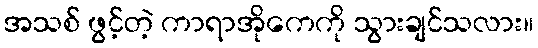
အသစ် ဖွင့်တဲ့ ကာရာအိုကေကို သွားချင်သလား။